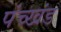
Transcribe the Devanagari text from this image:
पंच्खंड